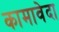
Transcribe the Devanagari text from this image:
कामावेदा